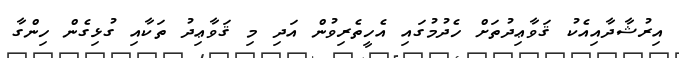
އިރުޝާދާއިއެކު ޤަވާޢިދުތަށް ހެދުމުގައި އެހީތެރިވުން އަދި މި ޤަވާޢިދު ތަކާއި ގުޅިގެން ހިންގާ